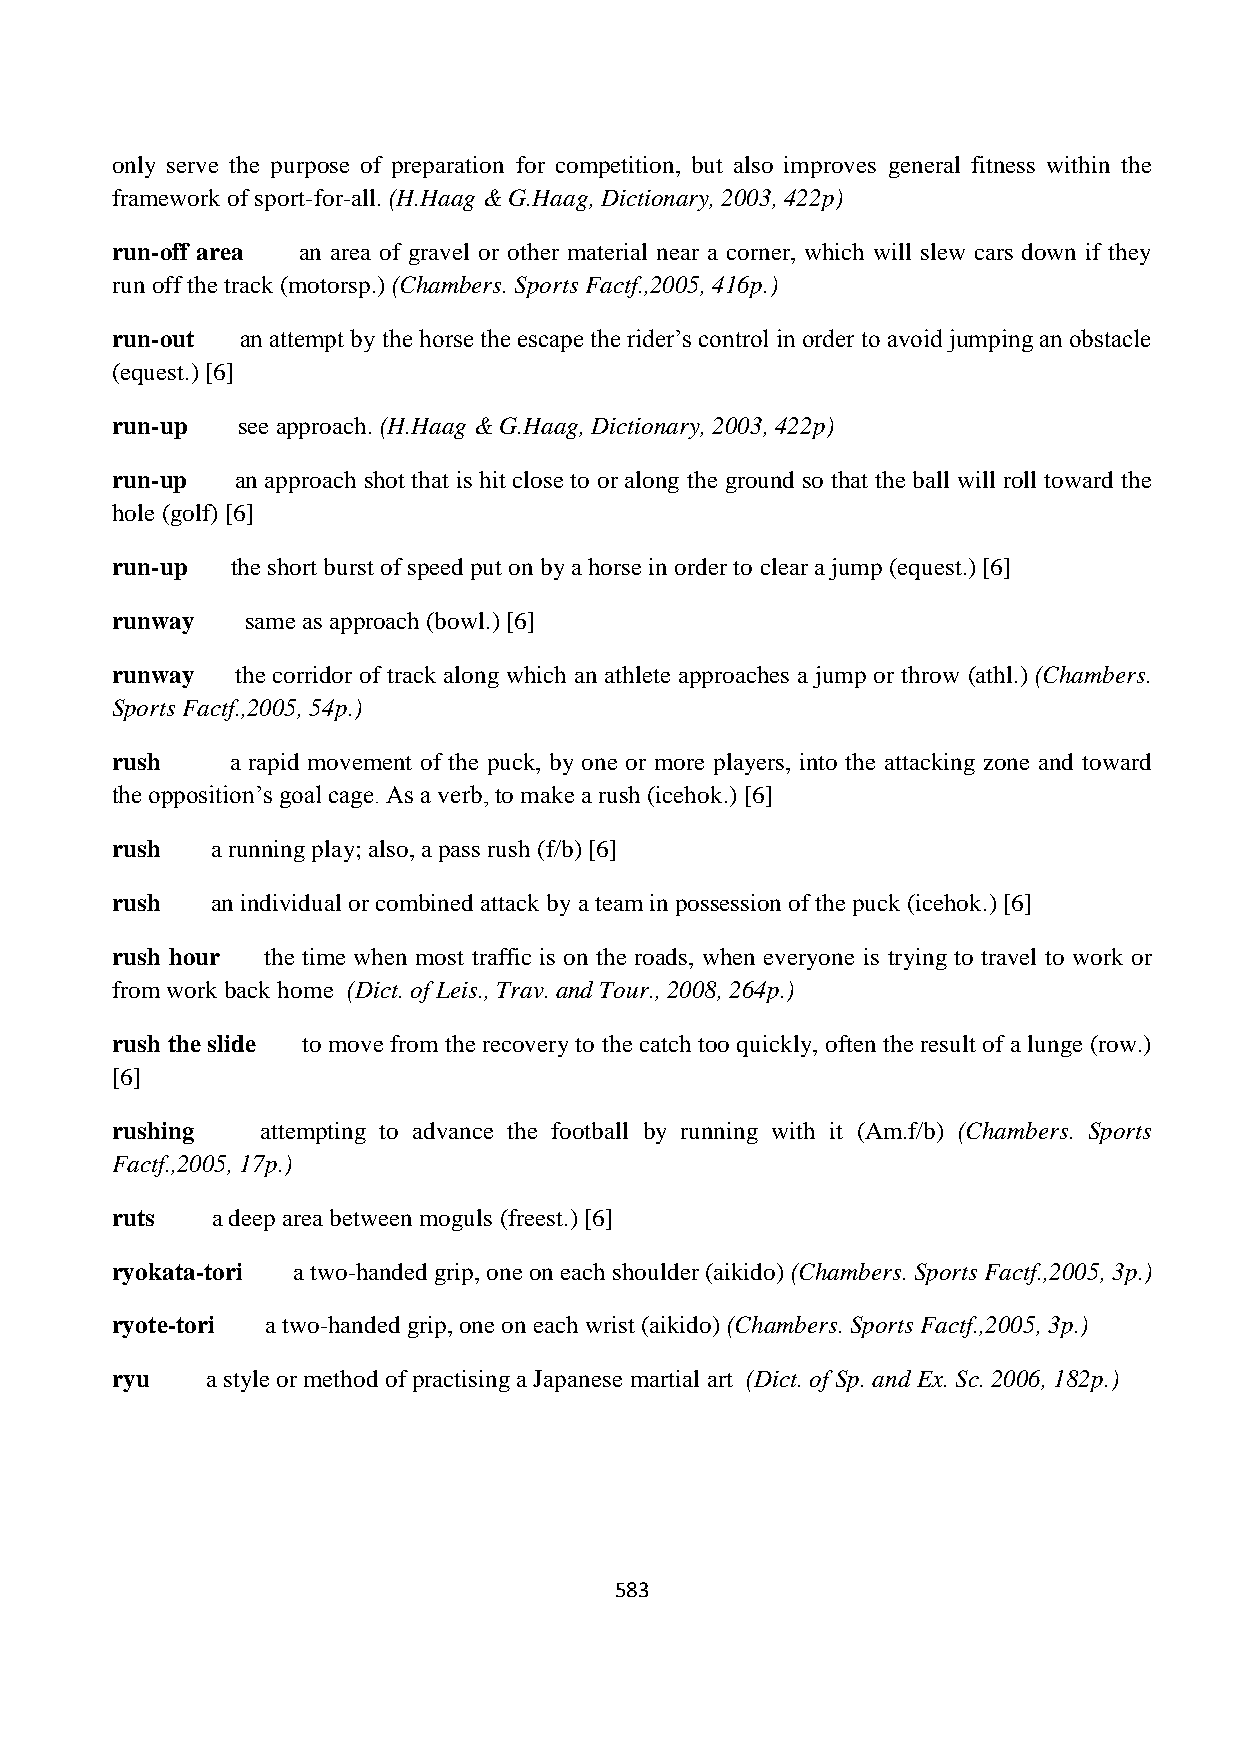
only serve the purpose of preparation for competition, but also improves general fitness within the
 framework of sport-for-all. (H.Haag & G.Haag, Dictionary, 2003, 422p)
 run-off area an area of gravel or other material near a corner, which will slew cars down if they
 run off the track (motorsp.) (Chambers. Sports Factf.,2005, 416p.)
 run-out  an attempt by the horse the escape the rider’s control in order to avoid jumping an obstacle
 (equest.) [6]
 run-up   see approach. (H.Haag & G.Haag, Dictionary, 2003, 422p)
 run-up   an approach shot that is hit close to or along the ground so that the ball will roll toward the
 hole (golf) [6]
 run-up  the short burst of speed put on by a horse in order to clear a jump (equest.) [6]
 runway   same as approach (bowl.) [6]
 runway   the corridor of track along which an athlete approaches a jump or throw (athl.) (Chambers.
 Sports Factf.,2005, 54p.)
 rush    a rapid movement of the puck, by one or more players, into the attacking zone and toward
 the opposition’s goal cage. As a verb, to make a rush (icehok.) [6]
 rush   a running play; also, a pass rush (f/b) [6]
 rush   an individual or combined attack by a team in possession of the puck (icehok.) [6]
 rush hour the time when most traffic is on the roads, when everyone is trying to travel to work or
 from work back home (Dict. of Leis., Trav. and Tour., 2008, 264p.)
 rush the slide to move from the recovery to the catch too quickly, often the result of a lunge (row.)
 [6]
 rushing   attempting to advance the football by running with it (Am.f/b) (Chambers. Sports
 Factf.,2005, 17p.)
 ruts   a deep area between moguls (freest.) [6]
 ryokata-tori a two-handed grip, one on each shoulder (aikido) (Chambers. Sports Factf.,2005, 3p.)
 ryote-tori a two-handed grip, one on each wrist (aikido) (Chambers. Sports Factf.,2005, 3p.)
 ryu    a style or method of practising a Japanese martial art (Dict. of Sp. and Ex. Sc. 2006, 182p.)
 583